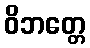
ဝိဘတ္တေ